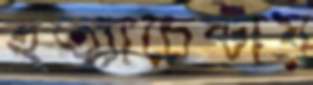
হত্যাচেষ্টায়